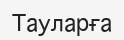
Тауларға